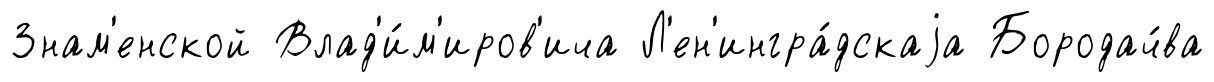
Знам'енской Влад'и́м'иров'ича Л'ен'ингра́дскаjа Бородач́ва